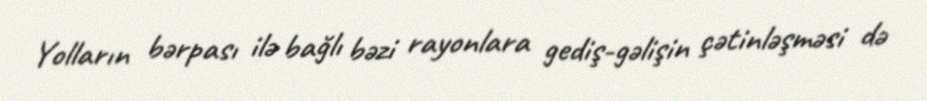
Yolların bərpası ilə bağlı bəzi rayonlara gediş-gəlişin çətinləşməsi də